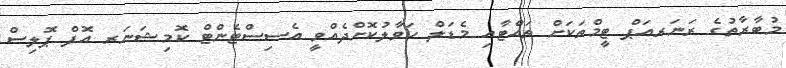
މުބާރާތުގެ ރަނަރއަޕް ޓީމްތަކަށް ތައްޓާއި މެޑަލް ޙަވާލުކޮށްދެއްވީ އެސިސްޓެންޓް ކޮމިޝަނަރ އޮފް ޕޮލިސް